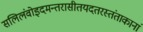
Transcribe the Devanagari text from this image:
सलिलंवोइदमन्तरासीतयदतरस्तंताकानां